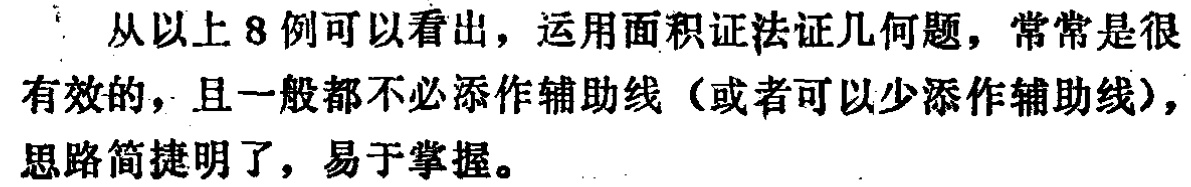
从以上8例可以看出，运用面积证法证几何题，常常是很有效的，且一般都不必添作辅助线（或者可以少添作辅助线），思路简捷明了，易于掌握。